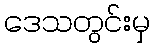
ဒေသတွင်းမှ